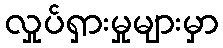
လှုပ်ရှားမှုများမှာ